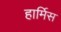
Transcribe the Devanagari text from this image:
हार्मिस